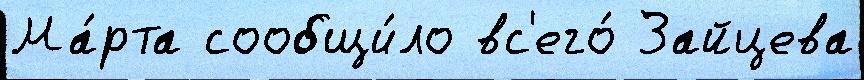
Ма́рта сообщи́ло вс'его́ Зайцева